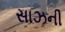
સાઝની